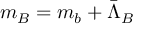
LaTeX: m _ { B } = m _ { b } + \bar { \Lambda } _ { B }